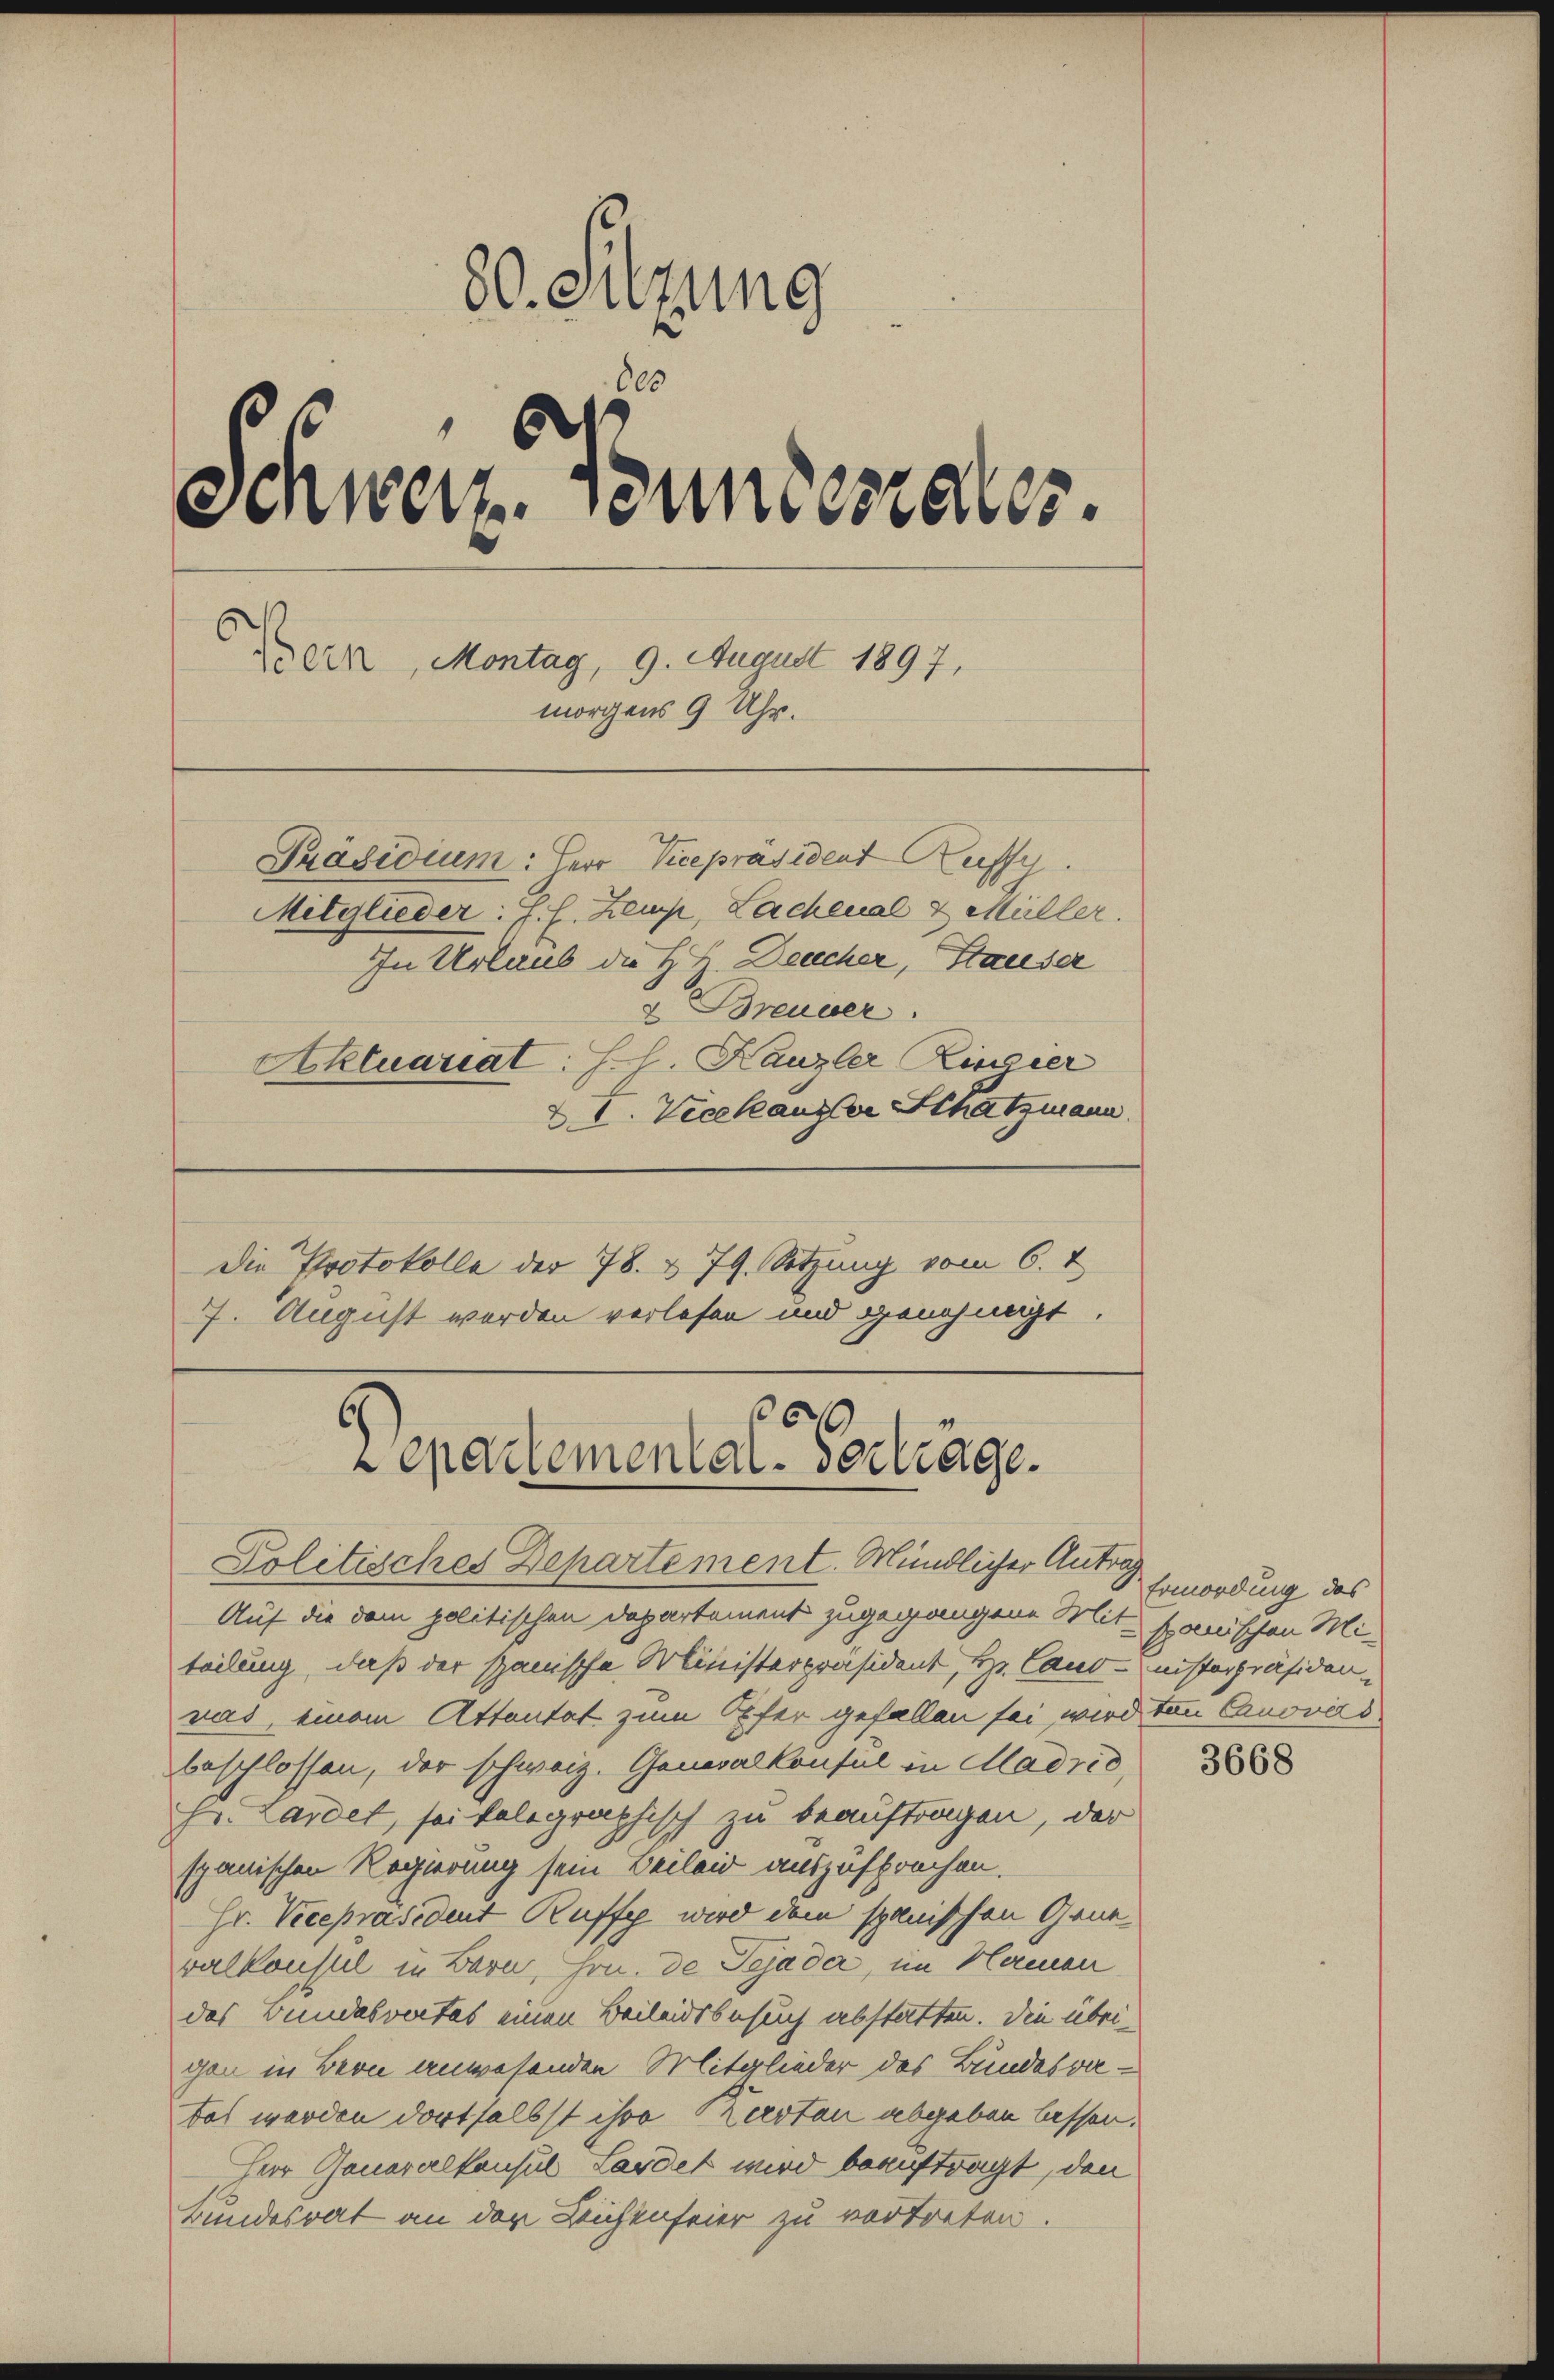
die Protokolle der 78. & 79. Setzung vom 6. &
7. August worden verlesen und genehmigt.

80. Sitzung
600
Schweiz. Bundesseler.
ein, Montag, 9. August 1897,
morgens 9 Uhr.
Präsidium: Herr Vicepräsident Reiffer
Mitglieder: J. H. Lemp, Lachenal & Müller.
In Urlaub die H. H. Deucher, Stauser
u Breuver
Aktuariat: I. Kanzler Ringier
XI. Vicekanzler Schatzmann

6
epartemental-Vertrage.
Politisches Departement. Mündlicher Antrag

Auf die dem politischen Departement zugegangene Mit somischen Mi-
teilung, daß der spanische Ministerpräsident, Hr. Candinisterpräsiden,
ras, einem Attentat zum Opfer gefallen sei wird von Canovers
beschlossen, der schweiz. Generalkonsul in Madrid,
Hr. Lardet, sei telegraphisch zu beauftragen, der
spanischen Regierung sein Beileid auszusprechen.
Hr. Vicepräsident Ruffy wird dem spanischen Gene-
valkonsul in Bern, Hrn. de Sejader, im Namen
das Bundesrectes einen Beileidsbesuch abstatten. Die übrigen in Bern anwesenden Mitglieder des Bundesvatoh werden dortselbst ihre Kersten abgeben lassen.
Herr Generalkonsul Lardet wird beauftragt, den
Bundesrat an der Leichenfeier zu vertreten.

Ermordung des

3668